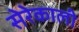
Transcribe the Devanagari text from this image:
सेरेकाली